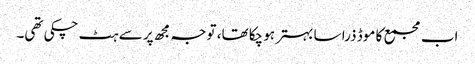
اب مجمع کا موڈ ذرا سا بہتر ہو چکا تھا، توجہ مجھ پر سے ہٹ چکی تھی۔